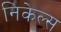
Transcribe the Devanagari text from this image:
निकेल्स